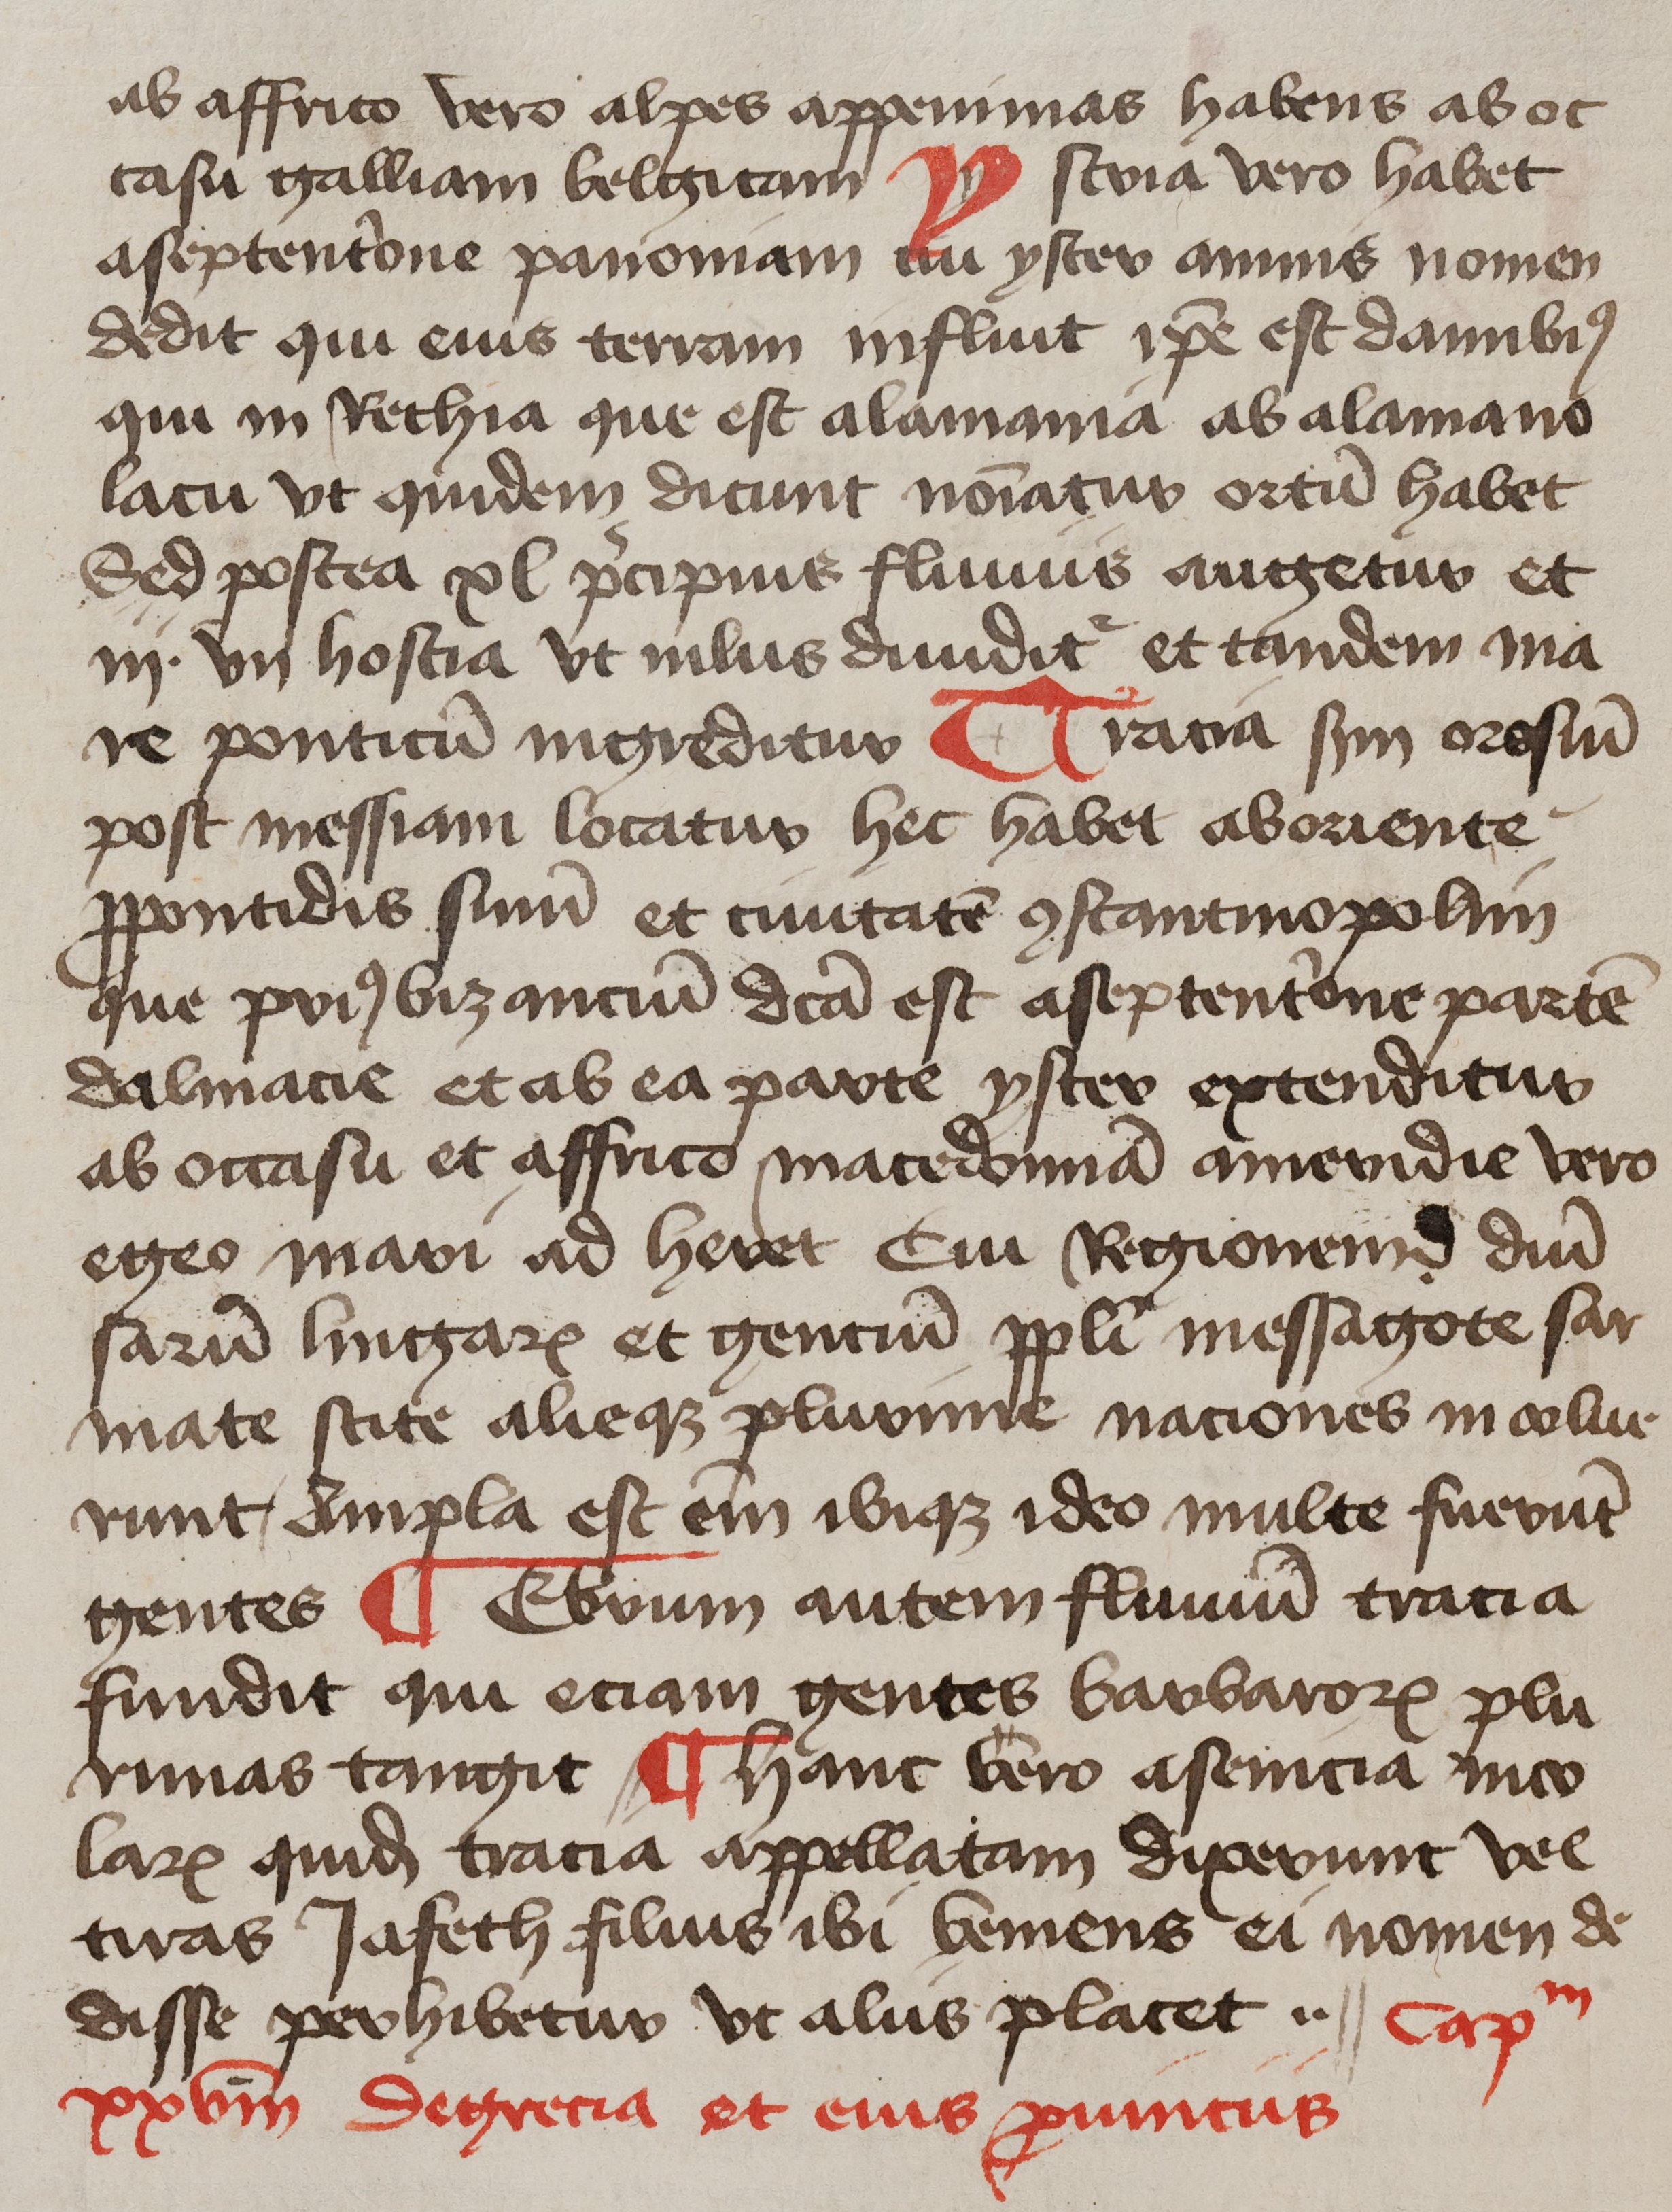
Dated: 1425–1449